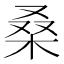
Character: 桑